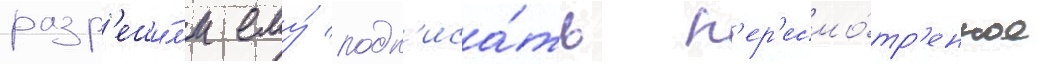
разр'еши́л'и ему́ подп'иса́ть п'ер'есмо́тр'енное